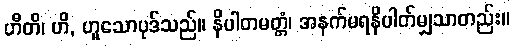
ဟီတိ၊ ဟိ, ဟူသောပုဒ်သည်။ နိပါတမတ္တံ၊ အနက်မရနိပါတ်မျှသာတည်း။